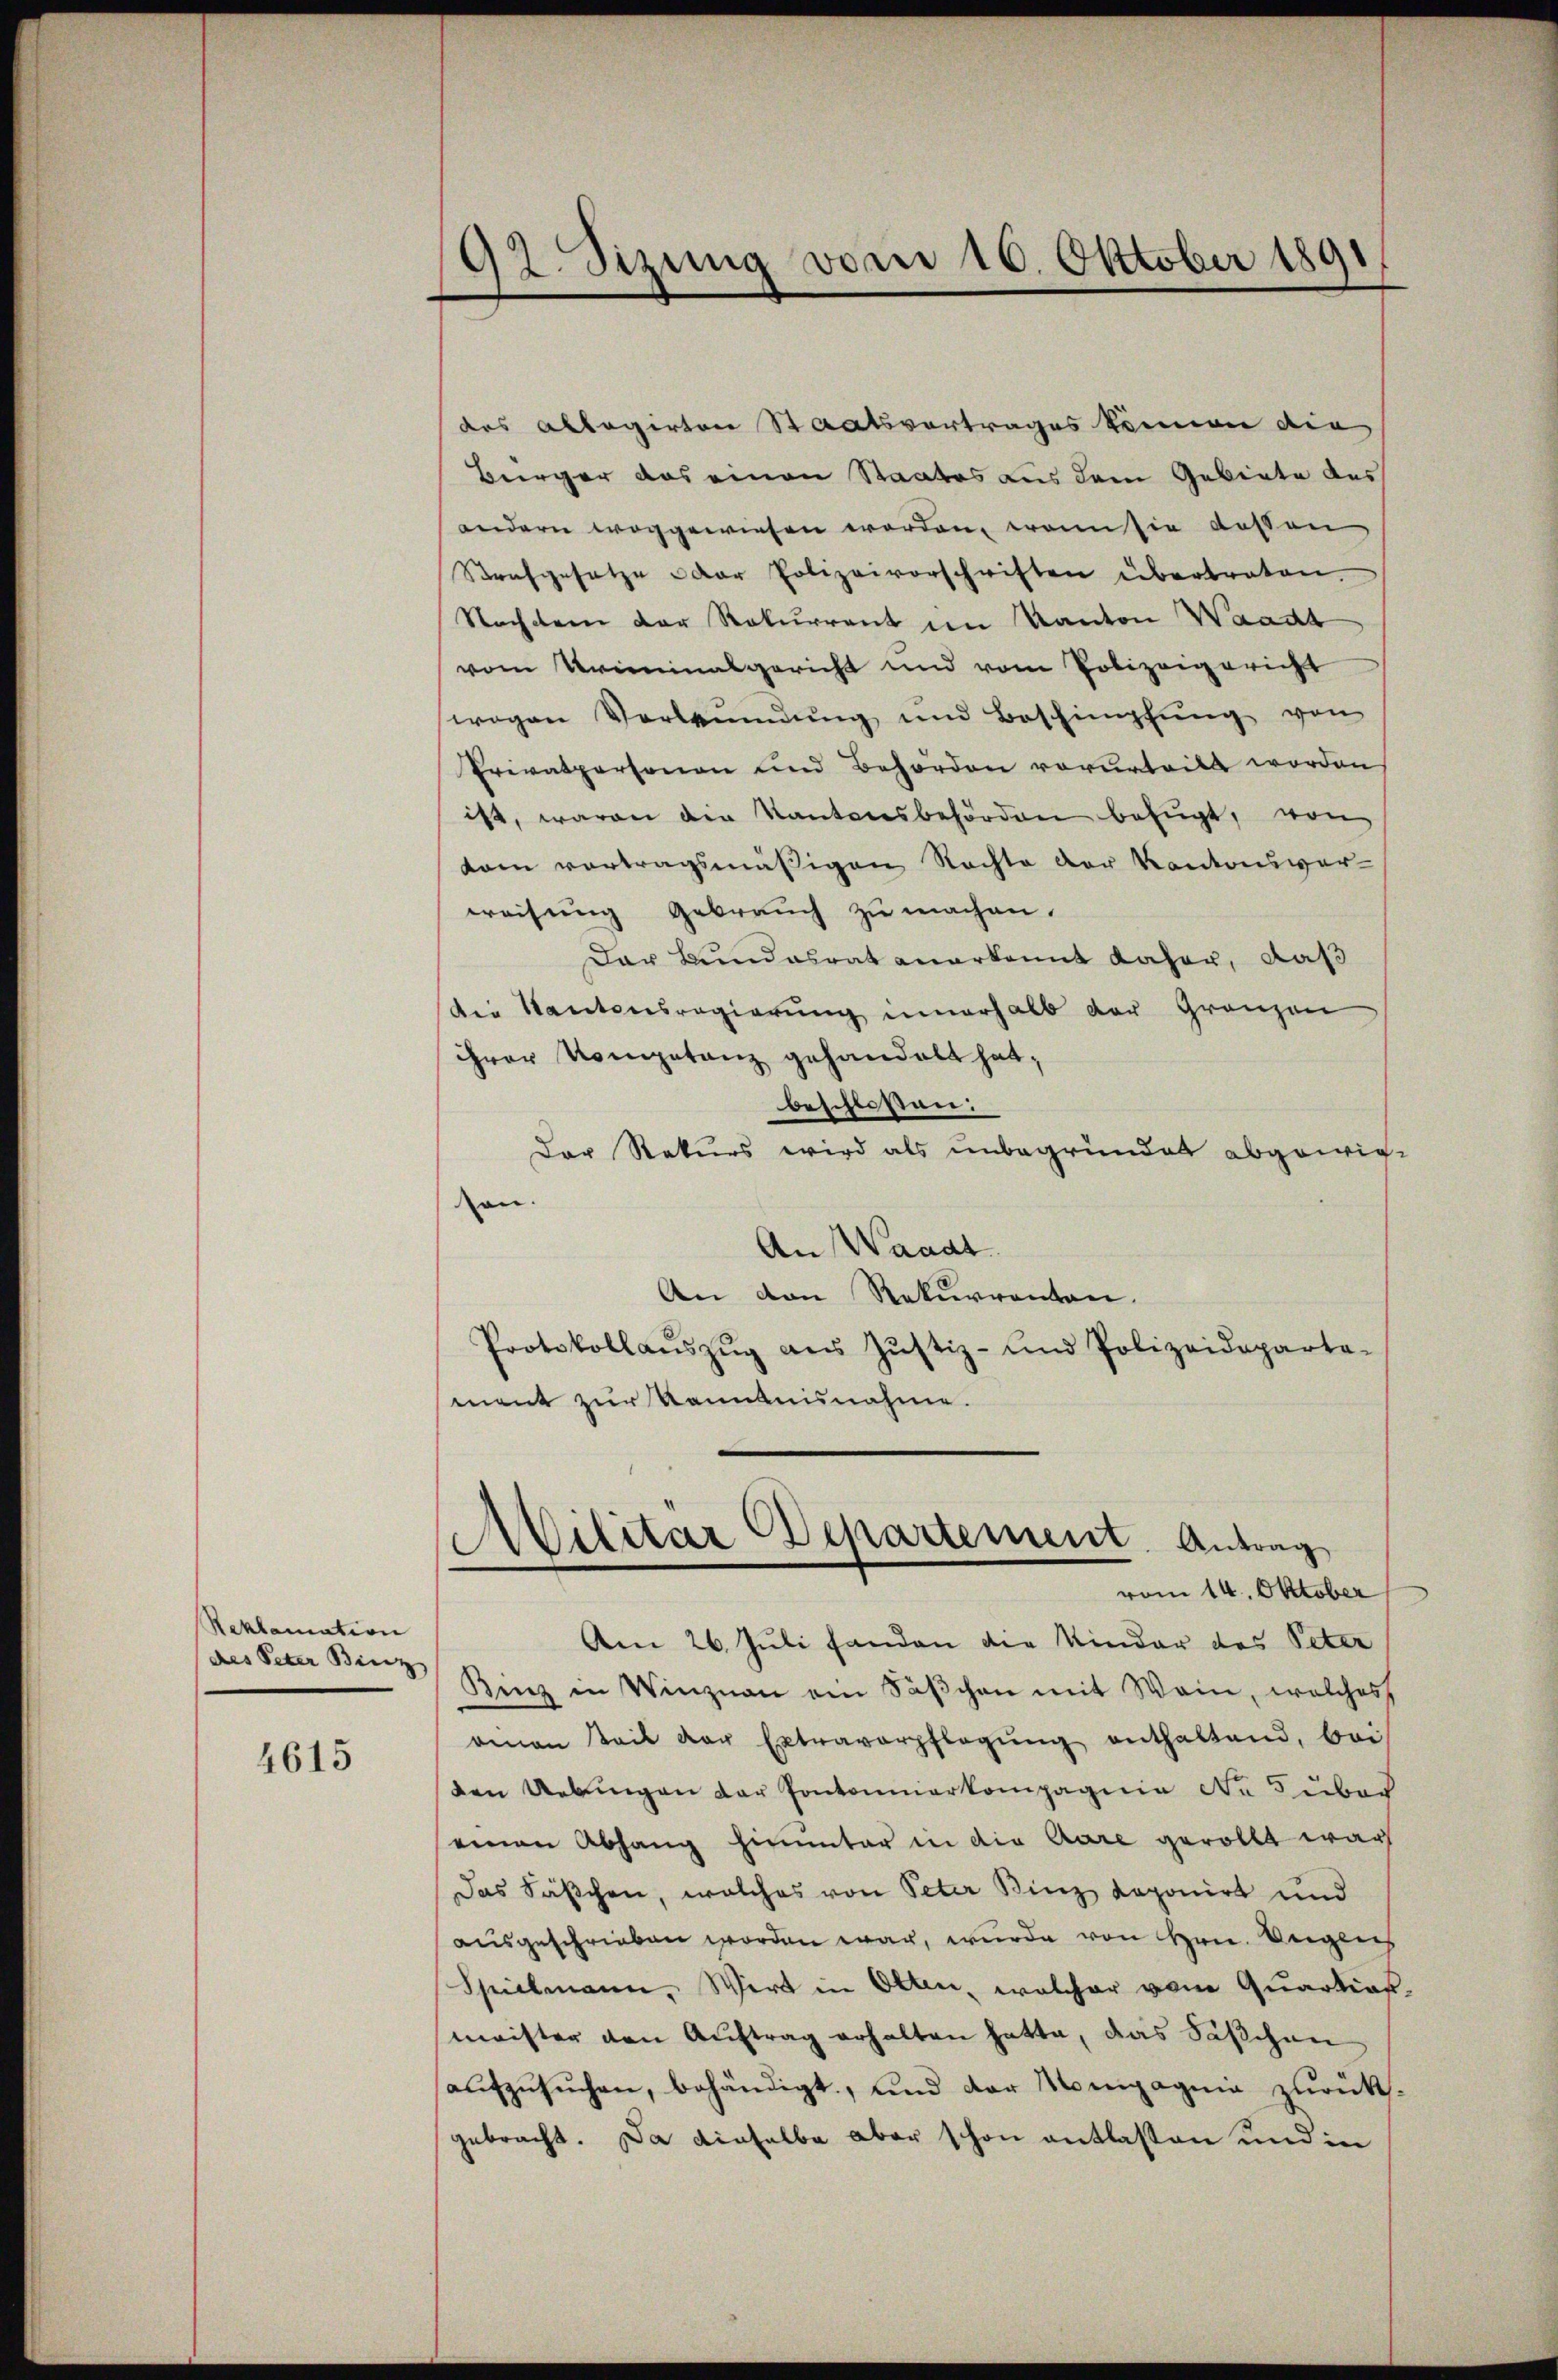
Reklamation
des Peter Binz

4615

92. Sizung vom 16. Oktober 1891

des Ablagirten Staatsvertrages können die
Bürger das einen Staates aus dem Gebiete des
andern weggewiesen worden, wenn sie dassen,
Strafgesetze der Polizeivorschriften übertreten.
Nachdem der Rekurrent im Kanton Waadt
vom Kriminalgericht und vom Polizeigericht
wegen Verbindŭng und Beschimpfŭng von
Privatpersonen und Behörden vorurteilt worden
ist, waren die Kantonsbehörden befugt, von
kam vortragsmäßigen Rechte der Kantonsver-
weisung Gebrauch zu machen.
Dar Bundesrat anerkannt daher, daß
der Kantonsregierŭng innerhalb der Gränzen
ihrer Kompetanz gehandelt hat,
beschlossen:
Der Rekurs wird als unbegründet abgewie-
on.
An Waadt
An den Rekurrenten.
Protokollaŭszŭg aŭs Jŭstiz- und Polizeideparta-
ment zur Kenntnisnahme.

Ailitar Departement. Antrag
vom 14. Oktober
Am 26. Juli handen die Kinder des Peter

Binz in Winzian ein Säβchen mit Wein, welches
amon Seit der Extraverpflegŭng enthaltend, bei
den Uebungen der Pontonnierkompagnie No 5 über
einen Abhang hinunter in die Aare gerollt war
Das Säschen, welches von Peter Binz deponirt und
ausgeschrieben worden war, wurde von Hrn. Augens
Spielmann. Wirt in Otten, welcher von Quartian,
meister den Aŭftrag erhalten hatte, das Säschen
aufzusuchen, behändigt, und der Mompagnie zurückgebracht. Da dieselbe aber schon entlassen und in